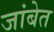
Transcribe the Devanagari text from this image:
जांबेत